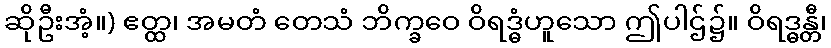
ဆိုဦးအံ့။) ဧတ္ထ၊ အမတံ တေသံ ဘိက္ခဝေ ဝိရဒ္ဓံဟူသော ဤပါဌ်၌။ ဝိရဒ္ဓန္တီ၊